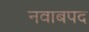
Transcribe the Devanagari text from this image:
नवाबपद